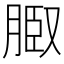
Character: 𦜌